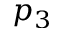
p _ { 3 }